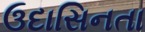
ઉદાસિનતા